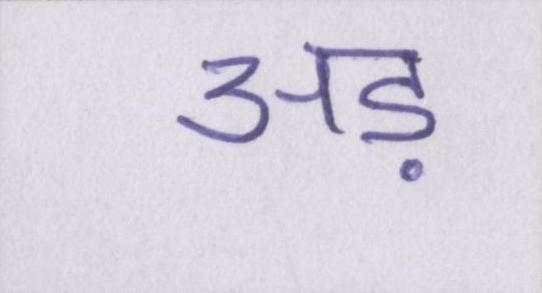
अड़